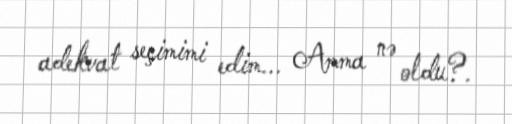
adekvat seçimimi edim... Amma nə oldu?.